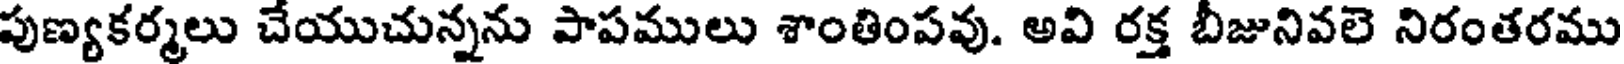
పుణ్యకర్మలు చేయుచున్నను పాపములు శాంతింపవు. అవి రక్త బీజునివలె నిరంతరము